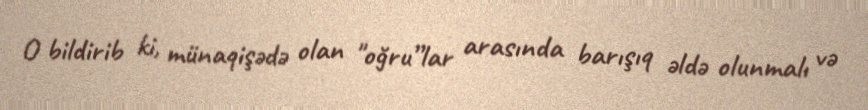
O bildirib ki, münaqişədə olan "oğru”lar arasında barışıq əldə olunmalı və